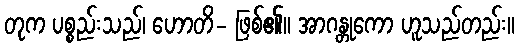
တုက ပစ္စည်းသည်၊ ဟောတိ- ဖြစ်၏။ အာဂန္တုကော ဟူသည်တည်း။